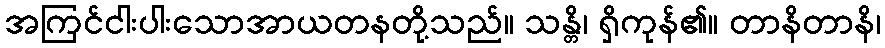
အကြင်ငါးပါးသောအာယတနတို့သည်။ သန္တိ၊ ရှိကုန်၏။ တာနိတာနိ၊